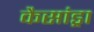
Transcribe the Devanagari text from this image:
कैसांड्रा